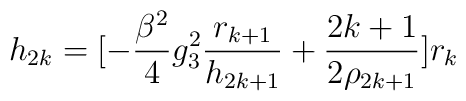
h_{2k} = [-\frac{\beta ^2}{4} g_3^2 \frac{r_{k+1}}{h_{2k+1}} +\frac{2k+1}{2\rho _{2k+1}}] r_k